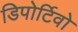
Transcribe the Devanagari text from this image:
डिपोर्टिवो